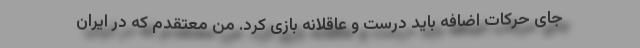
جای حرکات اضافه باید درست و عاقلانه بازی کرد. من معتقدم که در ایران